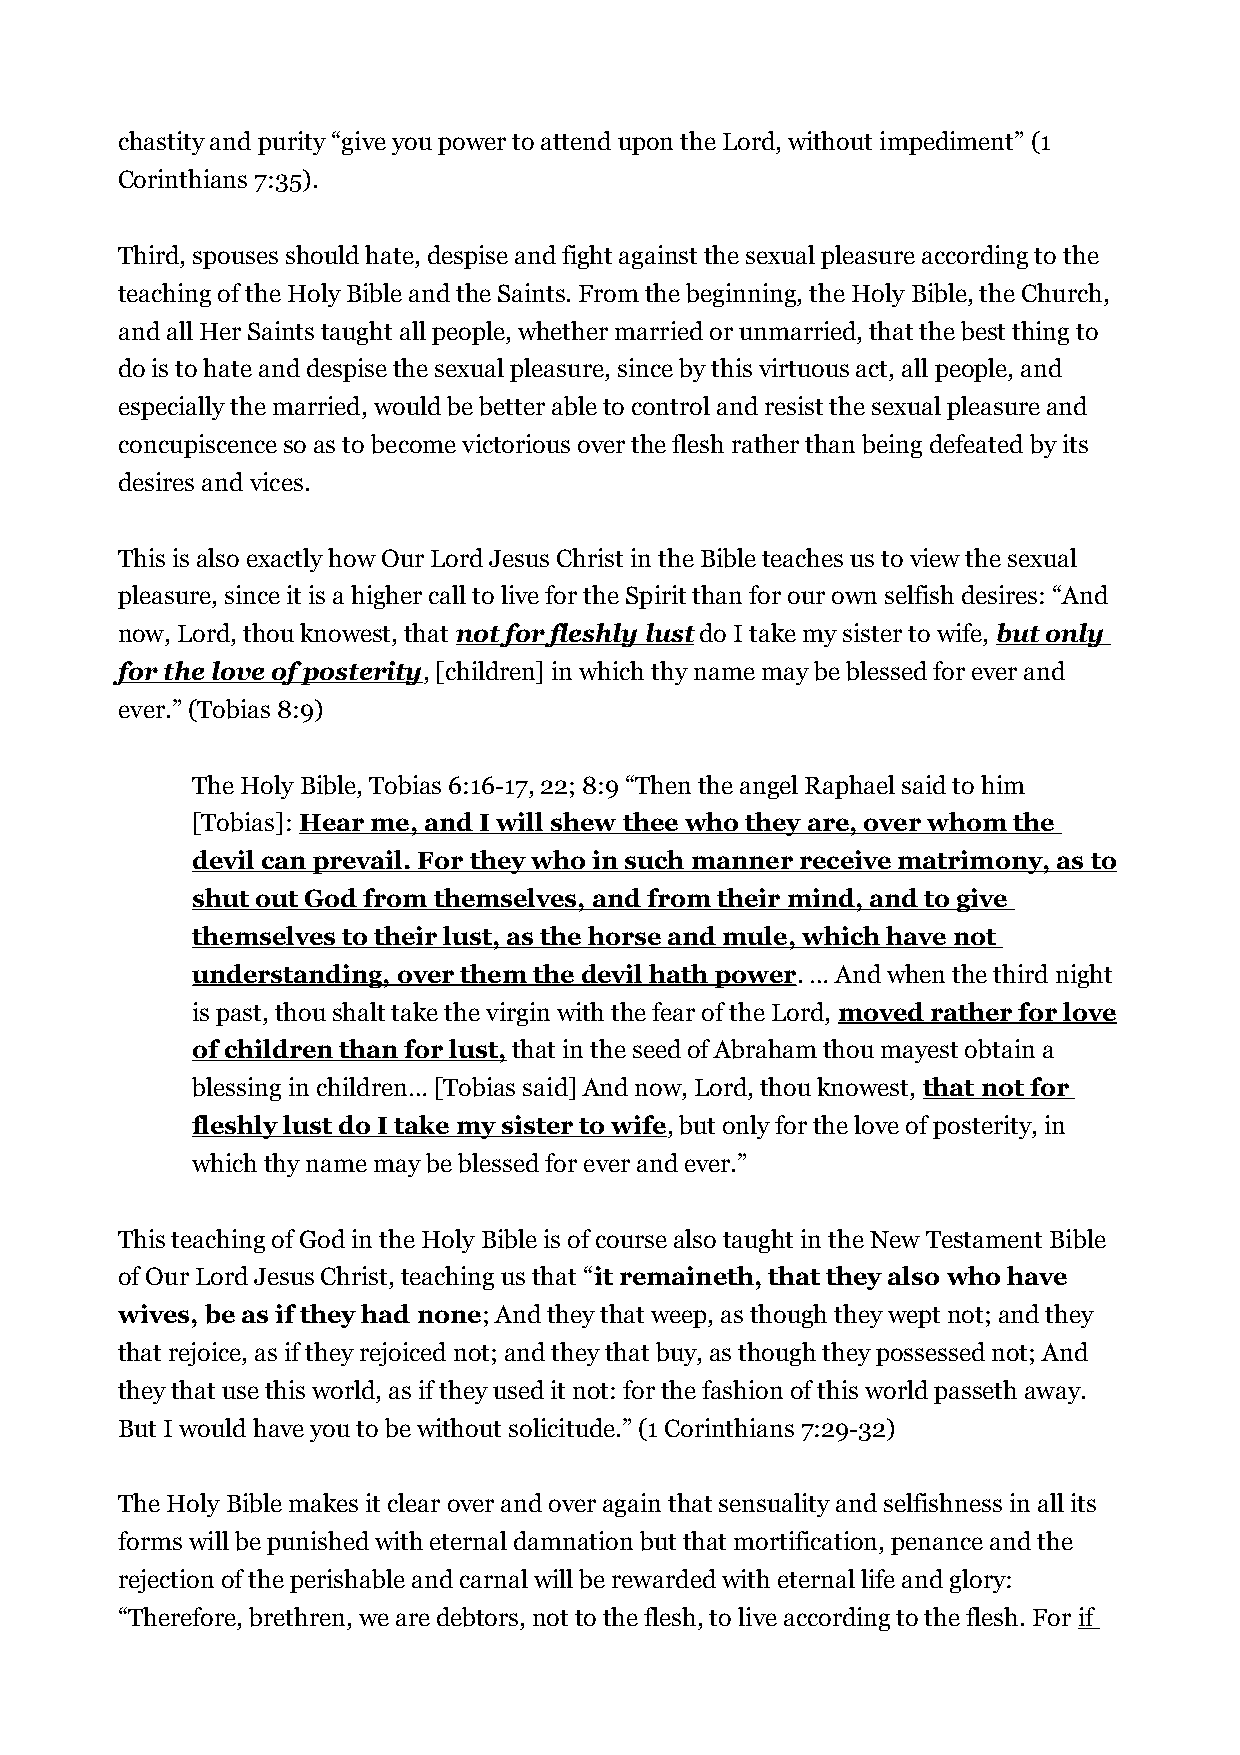
chastity and purity “give you power to attend upon the Lord, without impediment” (1
 Corinthians 7:35).
 Third, spouses should hate, despise and fight against the sexual pleasure according to the
 teaching of the Holy Bible and the Saints. From the beginning, the Holy Bible, the Church,
 and all Her Saints taught all people, whether married or unmarried, that the best thing to
 do is to hate and despise the sexual pleasure, since by this virtuous act, all people, and
 especially the married, would be better able to control and resist the sexual pleasure and
 concupiscence so as to become victorious over the flesh rather than being defeated by its
 desires and vices.
 This is also exactly how Our Lord Jesus Christ in the Bible teaches us to view the sexual
 pleasure, since it is a higher call to live for the Spirit than for our own selfish desires: “And
 now, Lord, thou knowest, that not for fleshly lust do I take my sister to wife, but only
 for the love of posterity, [children] in which thy name may be blessed for ever and
 ever.” (Tobias 8:9)
 The Holy Bible, Tobias 6:16-17, 22; 8:9 “Then the angel Raphael said to him
 [Tobias]: Hear me, and I will shew thee who they are, over whom the
 devil can prevail. For they who in such manner receive matrimony, as to
 shut out God from themselves, and from their mind, and to give
 themselves to their lust, as the horse and mule, which have not
 understanding, over them the devil hath power. … And when the third night
 is past, thou shalt take the virgin with the fear of the Lord, moved rather for love
 of children than for lust, that in the seed of Abraham thou mayest obtain a
 blessing in children… [Tobias said] And now, Lord, thou knowest, that not for
 fleshly lust do I take my sister to wife, but only for the love of posterity, in
 which thy name may be blessed for ever and ever.”
 This teaching of God in the Holy Bible is of course also taught in the New Testament Bible
 of Our Lord Jesus Christ, teaching us that “it remaineth, that they also who have
 wives, be as if they had none; And they that weep, as though they wept not; and they
 that rejoice, as if they rejoiced not; and they that buy, as though they possessed not; And
 they that use this world, as if they used it not: for the fashion of this world passeth away.
 But I would have you to be without solicitude.” (1 Corinthians 7:29-32)
 The Holy Bible makes it clear over and over again that sensuality and selfishness in all its
 forms will be punished with eternal damnation but that mortification, penance and the
 rejection of the perishable and carnal will be rewarded with eternal life and glory:
 “Therefore, brethren, we are debtors, not to the flesh, to live according to the flesh. For if